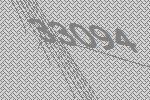
33094